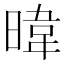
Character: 暐